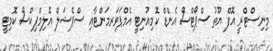
މިނިސްޓްރީ އޮފް ޔޫތު ސްޕޯޓްސް އެންޑް ކޮމިއުނިޓީ އެމްޕަވަރމަންޓާއި ސްޕެޝަލް އޮލިމްޕިކްސް ކޮމިޓީ